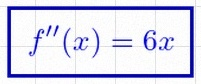
f''(x)=6x